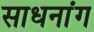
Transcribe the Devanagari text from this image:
साधनांग